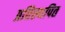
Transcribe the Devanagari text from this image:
प्रतिस्थपित